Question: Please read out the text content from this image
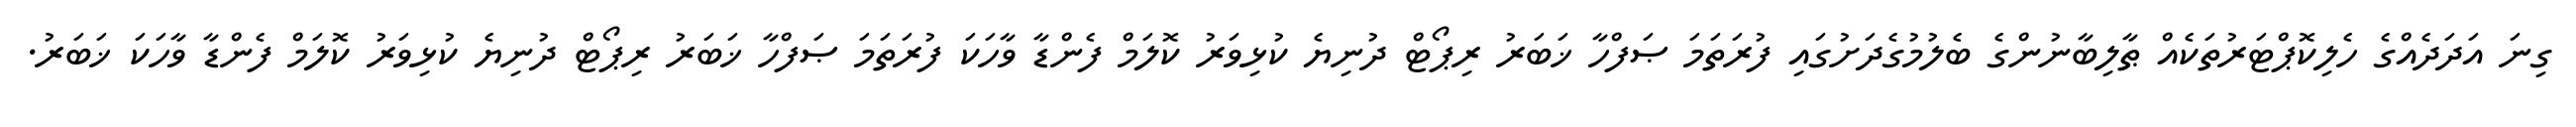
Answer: ގިނަ އަދަދެއްގެ ހެލިކޮޕްޓަރުތަކެއް ޠާލިބާނުންގެ ބެލުމުގެދަށުގައި ފުރަތަމަ ޞަފްހާ ޚަބަރު ރިޕޯޓް ދުނިޔެ ކުޅިވަރު ކޮލަމް ފެންޑާ ވާހަކަ ފުރަތަމަ ޞަފްހާ ޚަބަރު ރިޕޯޓް ދުނިޔެ ކުޅިވަރު ކޮލަމް ފެންޑާ ވާހަކަ ޚަބަރު.